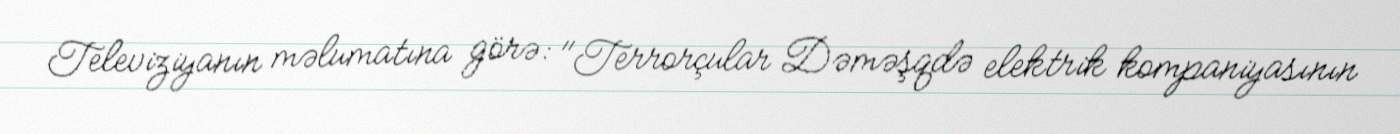
Televiziyanın məlumatına görə: "Terrorçular Dəməşqdə elektrik kompaniyasının